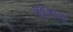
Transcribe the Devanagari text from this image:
अबुजाला